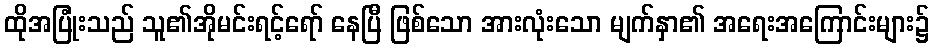
ထိုအပြုံးသည် သူ၏အိုမင်းရင့်ရော် နေပြီ ဖြစ်သော အားလုံးသော မျက်နှာ၏ အရေးအကြောင်းများ၌